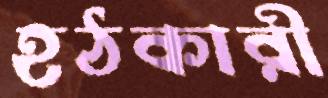
হঠকারী